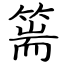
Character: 篅